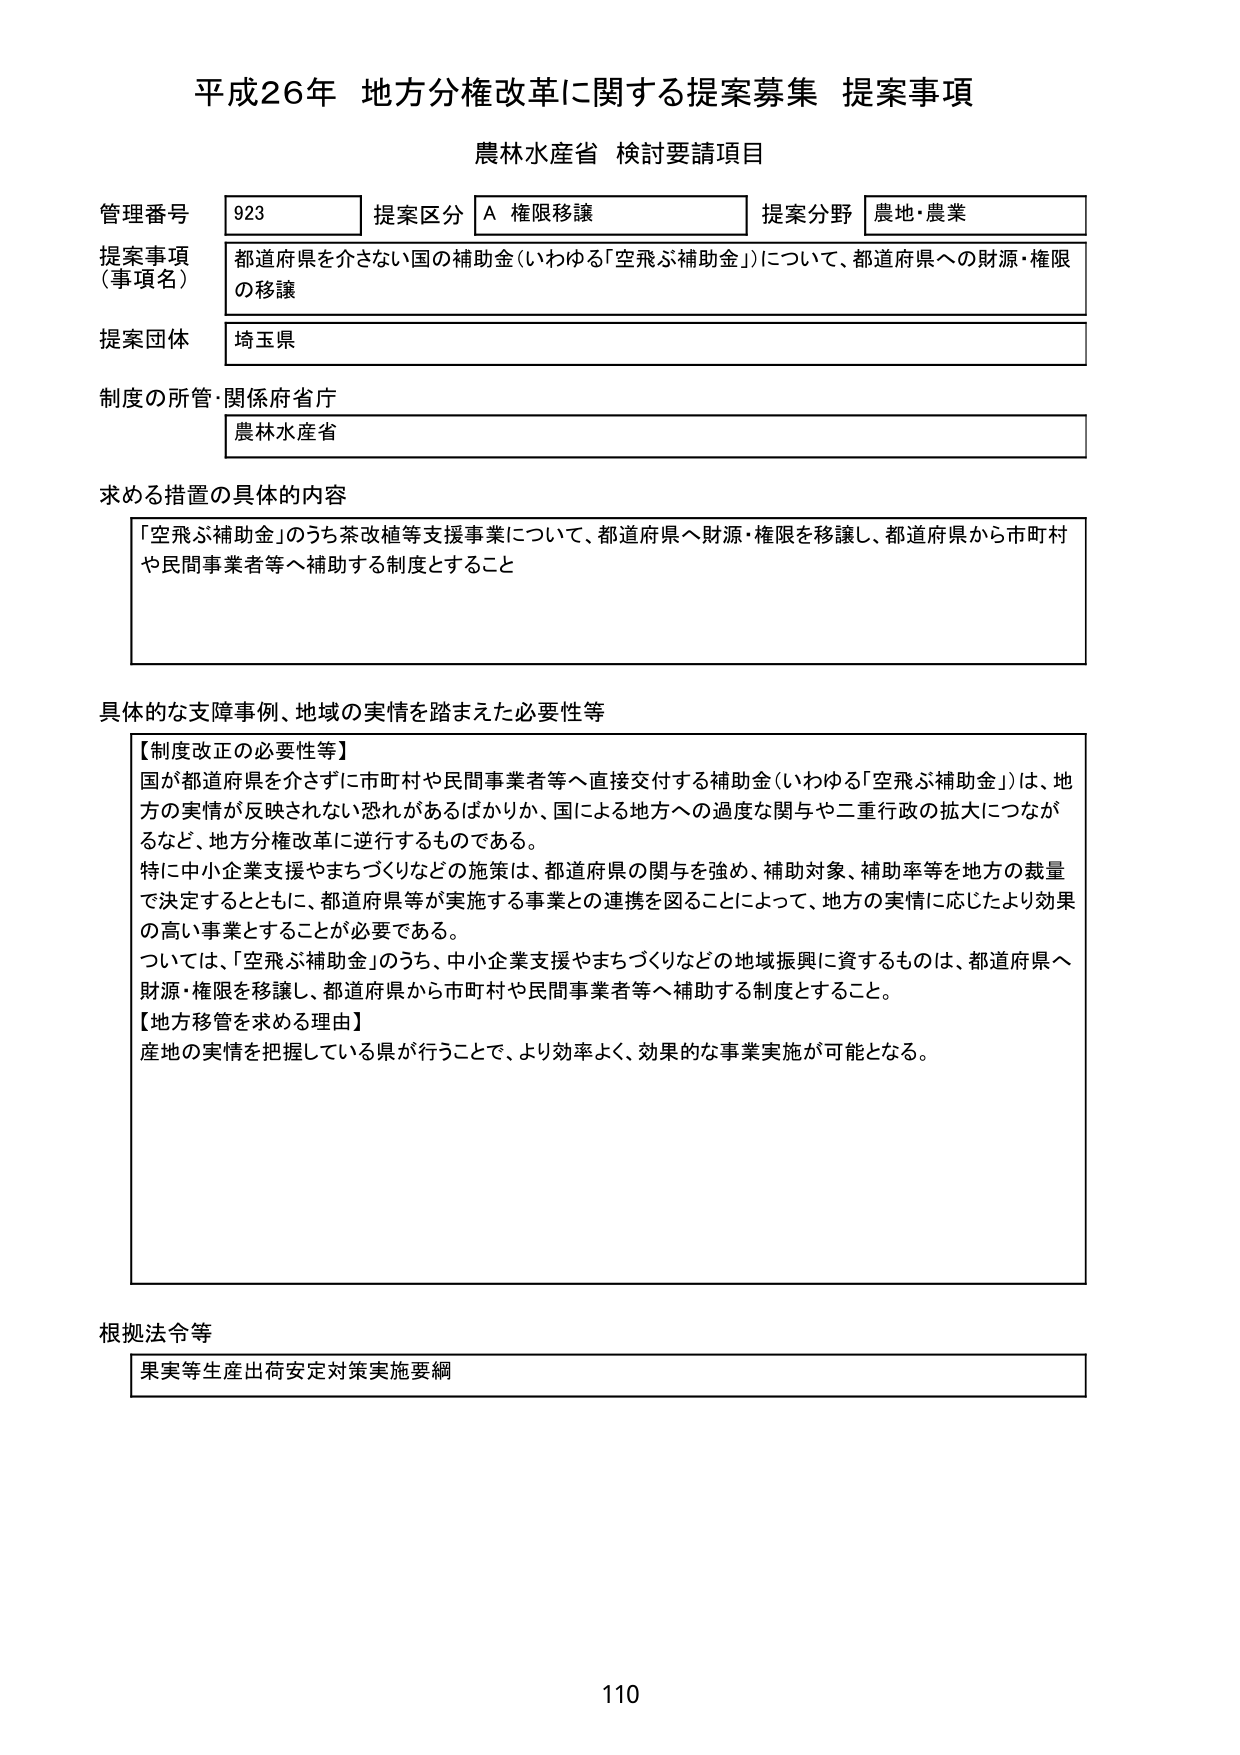
平成26年 地方分権改革に関する提案募集 提案事項
農林水産省 検討要請項目

管理番号 923 提案区分 A 権限移譲 提案分野 農地・農業
提案事項（事項名） 都道府県を介さない国の補助金（いわゆる「空飛ぶ補助金」）について、都道府県への財源・権限の移譲
提案団体 埼玉県
制度の所管・関係府省庁 農林水産省

求める措置の具体的な内容
「空飛ぶ補助金」のうち茶改植等支援事業について、都道府県へ財源・権限を移譲し、都道府県から市町村や民間事業者等へ補助する制度とすること

具体的な支障事例、地域の実情を踏まえた必要性等
【制度改正の必要性等】
国が都道府県を介さずに市町村や民間事業者等へ直接交付する補助金（いわゆる「空飛ぶ補助金」）は、地方の実情が反映されない恐れがあるばかりか、国による地方への過度な関与や二重行政の拡大につながるなど、地方分権改革に逆行するものである。
特に中小企業支援やまちづくりなどの施策は、都道府県の関与を強め、補助対象、補助率等を地方の裁量で決定するとともに、都道府県等が実施する事業との連携を図ることによって、地方の実情に応じたより効果の高い事業とすることが必要である。
ついては、「空飛ぶ補助金」のうち、中小企業支援やまちづくりなどの地域振興に資するものは、都道府県へ財源・権限を移譲し、都道府県から市町村や民間事業者等へ補助する制度とすること。
【地方移管を求める理由】
産地の実情を把握している県が行うことで、より効率よく、効果的な事業実施が可能となる。

根拠法令等
果実等生産出荷安定対策実施要綱

110